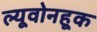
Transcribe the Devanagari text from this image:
ल्यूवोनहूक